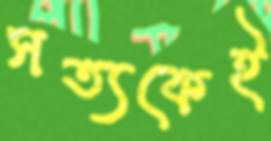
সত্যকেই